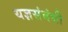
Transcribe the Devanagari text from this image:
यज्ञसंबंधी